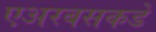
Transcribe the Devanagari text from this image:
एअरबसकडे